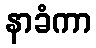
နာခံကာ